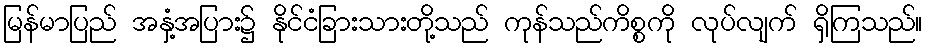
မြန်မာပြည် အနှံ့အပြား၌ နိုင်ငံခြားသားတို့သည် ကုန်သည်ကိစ္စကို လုပ်လျက် ရှိကြသည်။